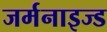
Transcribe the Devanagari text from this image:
जर्मनाइज्ड